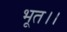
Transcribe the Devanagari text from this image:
भूत।।